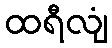
ထရီလျံ